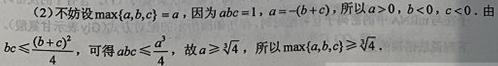
(2) 不妨设 $\max\{a,b,c\}=a$，因为 $abc = 1$，$a=-(b + c)$，所以 $a>0$，$b<0$，$c<0$。由 $bc\leqslant\frac{(b + c)^2}{4}$，可得 $abc\leqslant\frac{a^3}{4}$，故 $a\geqslant\sqrt[3]{4}$，所以 $\max\{a,b,c\}\geqslant\sqrt[3]{4}$。